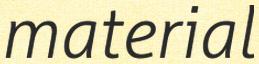
material